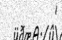
'